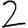
Digit: 2